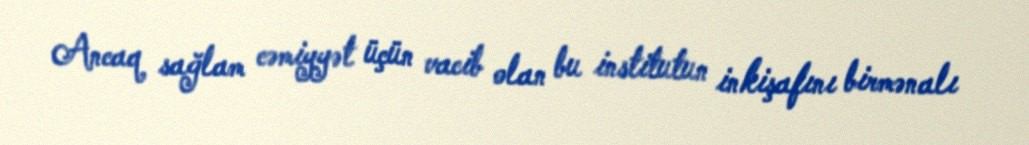
Ancaq sağlam cəmiyyət üçün vacib olan bu institutun inkişafını birmənalı